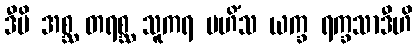
ဒီပိ အစ္ဆ တရစ္ဆ သူကရ မဟိံသ ယက္ခ ရက္ခသာဒီဟိ